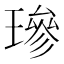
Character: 𤨵